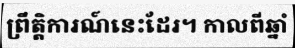
ព្រឹត្តិការណ៍នេះដែរ។ កាលពីឆ្នាំ